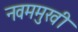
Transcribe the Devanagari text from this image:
नवममुखी